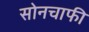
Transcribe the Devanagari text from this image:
सोनचाफी